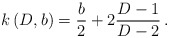
\begin{align*}k\,(D,b) = {b\over 2} + 2 {D-1\over D-2}\, .\end{align*}